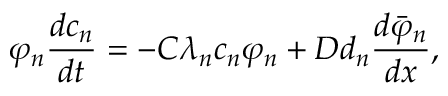
\varphi _ { n } \frac { d c _ { n } } { d t } = - C \lambda _ { n } c _ { n } \varphi _ { n } + D d _ { n } \frac { d \bar { \varphi } _ { n } } { d x } ,